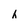
Character: h